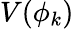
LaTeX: V(\phi_{k})